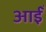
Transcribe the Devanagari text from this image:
आईँ